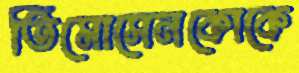
তিমোসেনকোকে